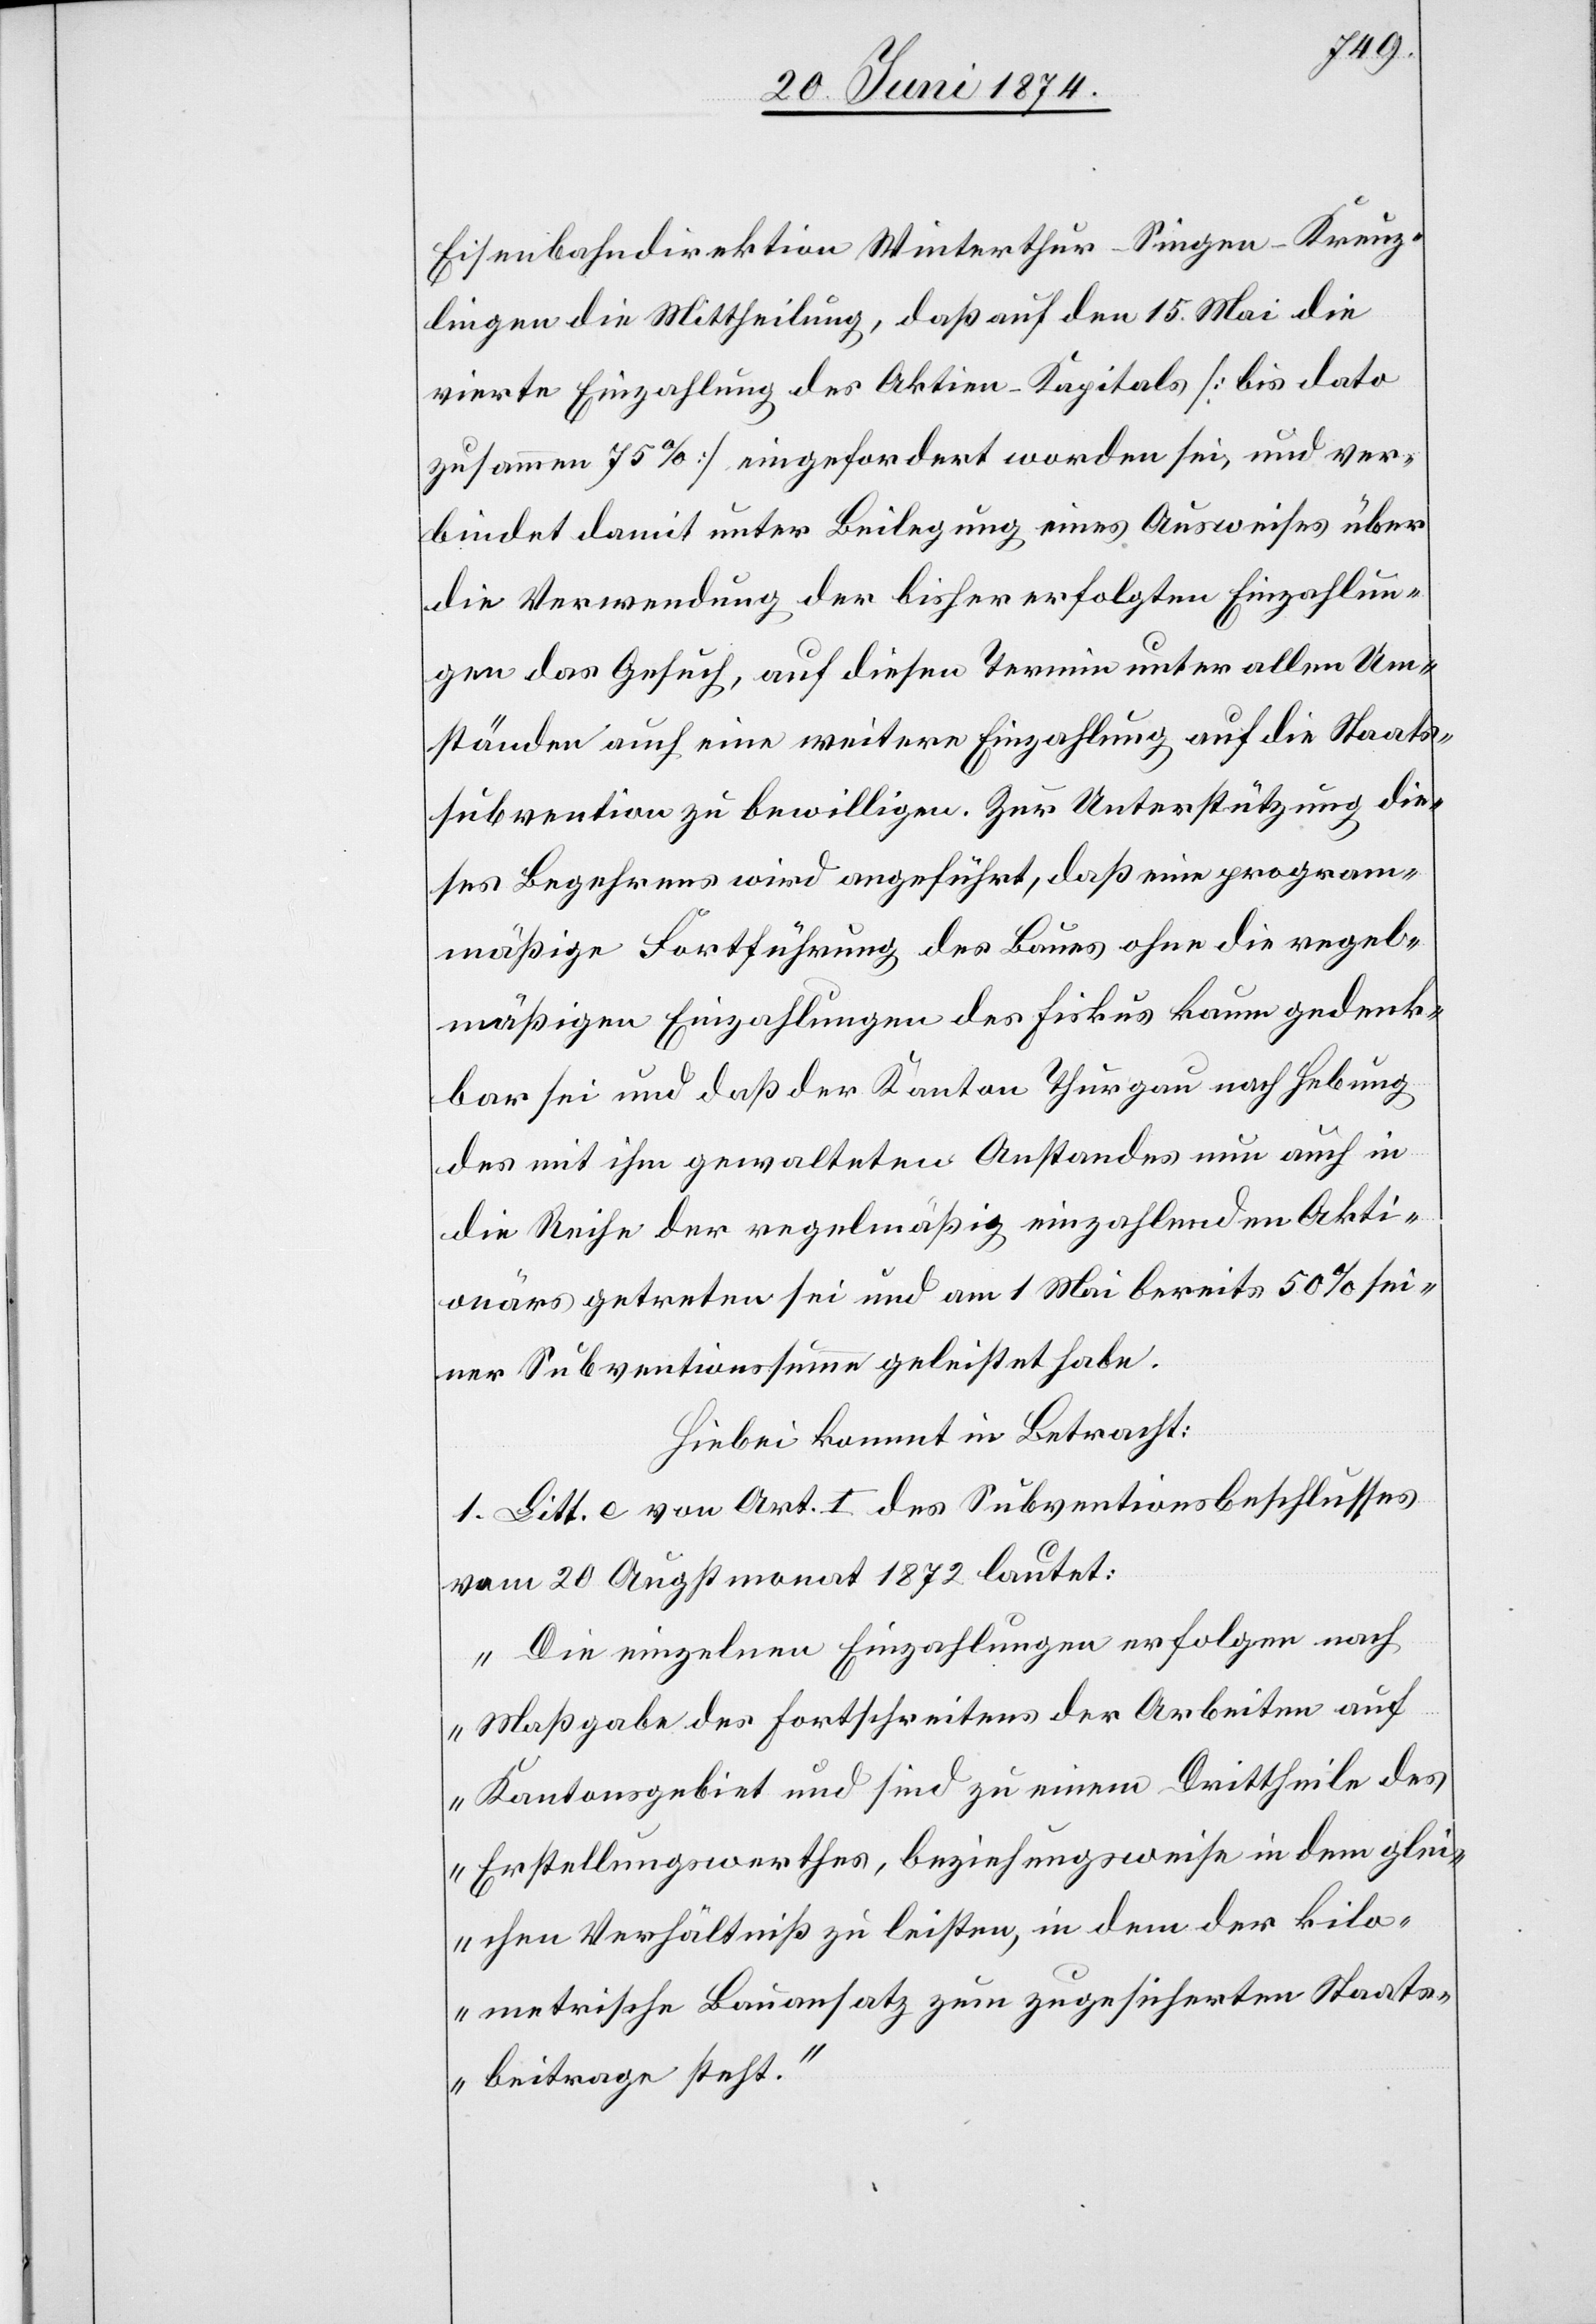
Eisenbahndirektion Winterthur-Singen-Kreuz¬
lingen die Mittheilung, daß auf den 15. Mai die
vierte Einzahlung des Aktien-Kapitals [bis dato
zusammen 75%] eingefordert worden sei, und ver¬
bindet damit unter Beilegung eines Ausweises über
die Verwendung der bisher erfolgten Einzahlun¬
gen das Gesuch, auf diesen Termin unter allen Um¬
ständen auch eine weitere Einzahlung auf die Staats¬
subvention zu bewilligen. Zur Unterstützung die¬
ses Begehrens wird angeführt, daß eine program¬
mäßige Fortführung des Baues ohne die regel¬
mäßigen Einzahlungen des Fiskus kaum gedenk¬
bar sei und daß der Kanton Thurgau nach Hebung
des mit ihm gewalteten Anstandes nun auch in
die Reihe der regelmäßig einzuzahlenden Akti¬
onärs getreten sei und am 1. Mai bereits 50% sei¬
ner Subventionssumme geleistet habe.
Hiebei kommt in Betracht:
1. Litt. e von Art. I des Subventionsbeschlusses
vom 20. Augstmonat 1872 lautet:
„Die einzelnen Einzahlungen erfolgen nach
Maßgabe des Fortschreitens der Arbeiten auf
Kantonsgebiet und sind zu einem Drittheile des
Erstellungswerthes, beziehungsweise in dem glei¬
chen Verhältniß zu leisten, in dem der kilo¬
metrische Bauansatz zum zugesicherten Staats¬
beitrage steht.“